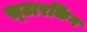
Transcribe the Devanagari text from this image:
स्‍टारकिंग